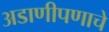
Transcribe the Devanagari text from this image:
अडाणीपणाचे